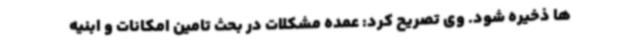
ها ذخیره شود. وی تصریح کرد: عمده مشکلات در بحث تامین امکانات و ابنیه